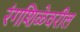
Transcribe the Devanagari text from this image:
रंगशिळेवरील